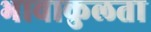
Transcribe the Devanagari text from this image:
भावाकुलता